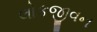
લોકજીવન